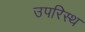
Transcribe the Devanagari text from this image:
उपरिस्थ